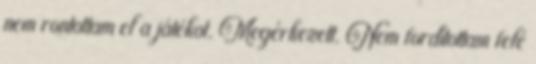
nem rontottam el a játékot. Megérkezett. Nem fordítottam felé